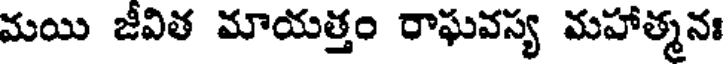
మయి జీవిత మాయత్తం రాఘవస్య మహాత్మనః